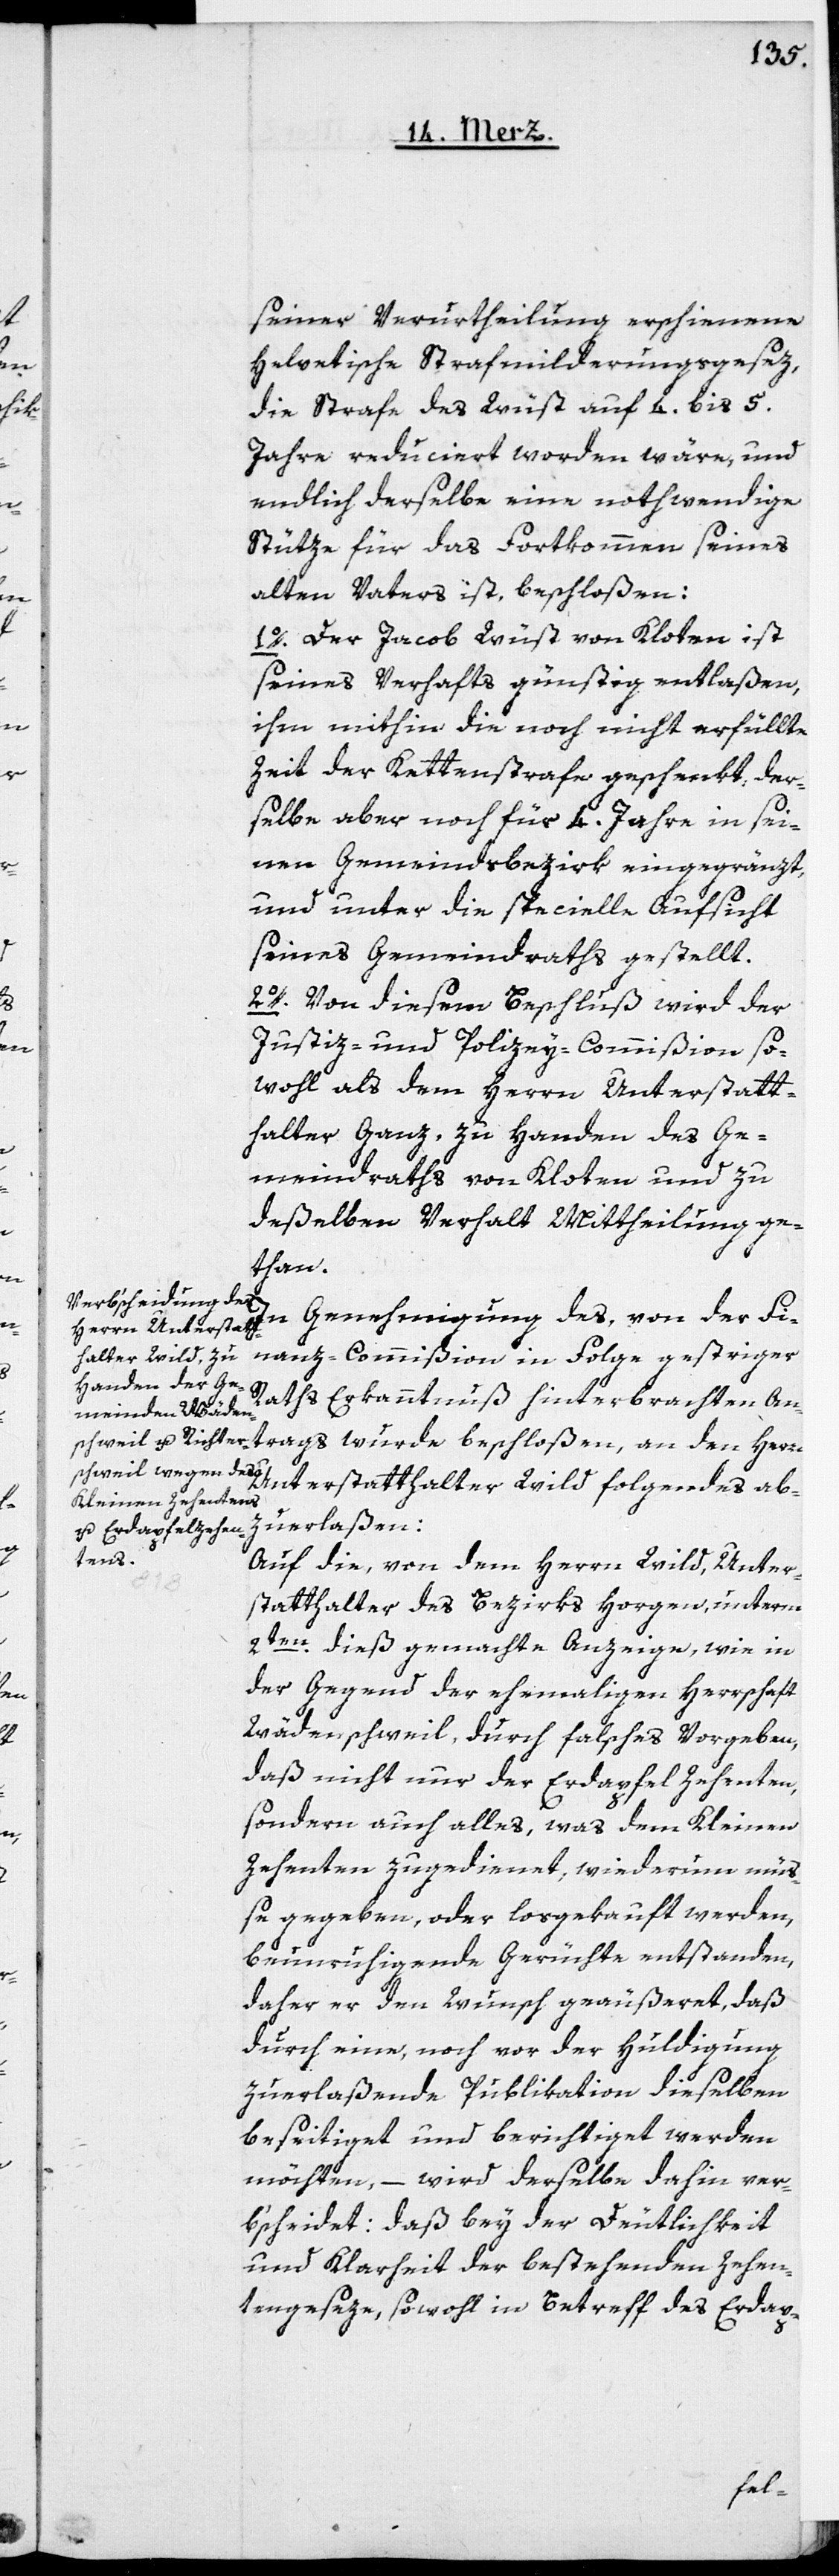
seiner Verurtheilung erschienene
helvetische Strafmilderungsgesez,
die Strafe des Wüst auf 4. bis 5.
Jahre reduciert worden wäre, und
endlich derselbe eine nothwendige
Stütze für das Fortkommen seines
alten Vaters ist, beschloßen:
1o. Der Jacob Wüst von Kloten ist
seines Verhafts günstig entlaßen,
ihm mithin die noch nicht erfüllte
Zeit der Kettenstrafe geschenkt, der¬
selbe aber noch für 4. Jahre in sei¬
nen Gemeindsbezirk eingegränzt,
und unter die spezielle Aufsicht
seines Gemeindraths gestellt.
2o. Von diesem Beschluß wird der
Justiz- und Polizey-Commißion so¬
wohl als dem Herrn Unterstatt¬
halter Ganz zu Handen des Ge¬
meindraths von Kloten und zu
deßelben Verhalt Mittheilung ge¬
than.
In Genehmigung des, von der Fi¬
nanz-Commißion in Folge gestriger
Raths Erkanntnuß hinterbrachten An¬
trags wurde beschloßen, an den Herrn
Unterstatthalter Wild folgendes ab¬
zuerlaßen:
Auf die, von dem Herrn Wild, Unter¬
statthalter des Bezirks Horgen, unterm
2ten dieß gemachte Anzeige, wie in
der Gegend der ehemaligen Herrschaft
Wädenschweil, durch falsches Vorgeben,
daß nicht nur der Erdapfel Zehenten,
sondern auch alles, was dem Kleinen
Zehenten zugedienet, wiederum mü¬
ße gegeben oder losgekauft werden,
beunruhigende Gerüchte entstanden,
daher er den Wunsch geäußert, daß
durch eine, noch vor der Huldigung
zuerlaßende Publikation dieselben
beseitiget und berichtiget werden
möchten, – wird derselbe dahin ver¬
bscheidet: daß bey der Deutlichkeit
und Klarheit der bestehenden Zehen¬
tengeseze, sowohl in Betreff des Erdap-